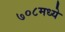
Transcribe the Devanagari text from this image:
७०८मध्ये